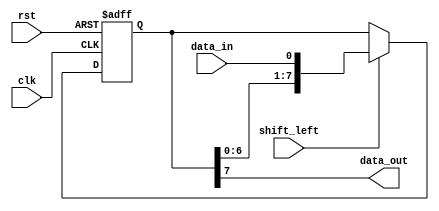
module shift_register (
  input wire clk,
  input wire rst,
  input wire shift_left,
  input wire data_in,
  output reg data_out
);

reg [7:0] register;

always @(posedge clk or posedge rst) begin
  if (rst) begin
    register <= 8'b00000000; // initialize with all zeros
  end else begin
    if (shift_left) begin
      register <= {register[6:0], data_in}; // shift left operation
    end else begin
      register <= register; // no shift operation
    end
  end
end

assign data_out = register[7]; // output the last bit in the register

endmodule